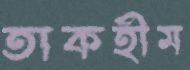
তাকহীম